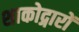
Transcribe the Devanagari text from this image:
शाकोद्गारों